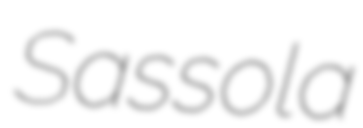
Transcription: Sassola